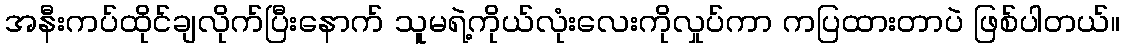
အနီးကပ်ထိုင်ချလိုက်ပြီးနောက် သူမရဲ့ကိုယ်လုံးလေးကိုလှုပ်ကာ ကပြထားတာပဲ ဖြစ်ပါတယ်။